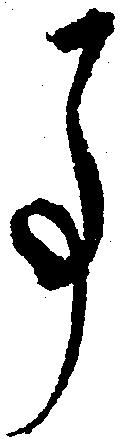
事